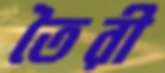
তৈরী